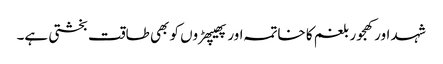
شہد اور کھجور بلغم کا خاتمہ اور پھیپھڑوں کو بھی طاقت بخشتی ہے۔